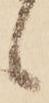
候